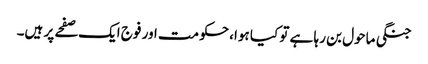
جنگی ماحول بن رہا ہے تو کیا ہوا، حکومت اور فوج ایک صفحے پر ہیں۔